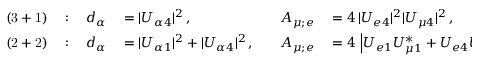
\begin{array} { r l r l r l } { { \mathrm { ( 3 + 1 ) } } } & { { } { { } : \: } } & { { d _ { \alpha } } } & { { } { { } = | U _ { \alpha 4 } | ^ { 2 } \, , \quad } } & { { A _ { \mu ; e } } } & { { } { { } = 4 \, | U _ { e 4 } | ^ { 2 } | U _ { \mu 4 } | ^ { 2 } \, , } } \\ { { \mathrm { ( 2 + 2 ) } } } & { { } { { } : \: } } & { { d _ { \alpha } } } & { { } { { } = | U _ { \alpha 1 } | ^ { 2 } + | U _ { \alpha 4 } | ^ { 2 } \, , \quad } } & { { A _ { \mu ; e } } } & { { } { { } = 4 \, \left| U _ { e 1 } U _ { \mu 1 } ^ { * } + U _ { e 4 } U _ { \mu 4 } ^ { * } \right| ^ { 2 } \, . } } \end{array}